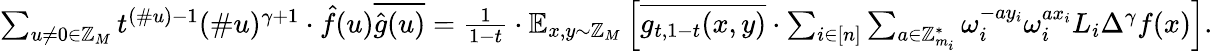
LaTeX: \begin{array}{r}{\sum_{u\ne 0\in\mathbb{Z}_{M}}t^{(\# u)-1}(\# u)^{\gamma+1}\cdot\hat{f}(u)\overline{{\hat{g}(u)}}=\frac{1}{1-t}\cdot\mathbb{E}_{x,y\sim\mathbb{Z}_{M}}\left[\overline{{g_{t,1-t}(x,y)}}\cdot\sum_{i\in[n]}\sum_{a\in\mathbb{Z}_{m_{i}}^{*}}\omega_{i}^{-ay_{i}}\omega_{i}^{ax_{i}}L_{i}\Delta^{\gamma}f(x)\right].}\end{array}